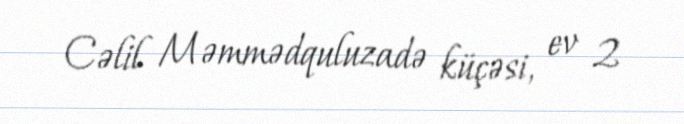
Cəlil Məmmədquluzadə küçəsi, ev 2